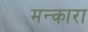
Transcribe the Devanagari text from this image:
मन्कारा